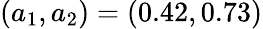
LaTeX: (a_{1},a_{2})=(0.42,0.73)